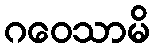
ဂဝေသာမိ